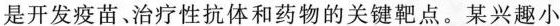
是开发疫苗、治疗性抗体和药物的关键靶点。某兴趣小